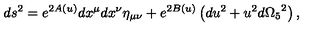
d s ^ { 2 } = e ^ { 2 A ( u ) } d x ^ { \mu } d x ^ { \nu } \eta _ { \mu \nu } + e ^ { 2 B ( u ) } \left( d u ^ { 2 } + u ^ { 2 } d { \Omega _ { 5 } } ^ { 2 } \right) ,